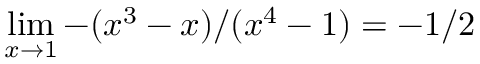
\operatorname* { l i m } _ { x \rightarrow 1 } - ( x ^ { 3 } - x ) / ( x ^ { 4 } - 1 ) = - 1 / 2